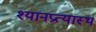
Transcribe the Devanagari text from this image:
श्यानप्रत्यास्थ